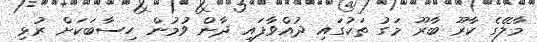
މާލޭގެ ކާރޫ ބާރޫ މަގު ތަކުގައި ދުއްވާފައި ދާން ވުމުން ހިސާބަކަށް ރުޅި